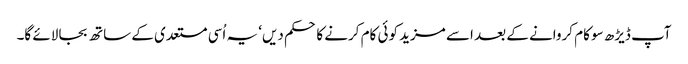
آپ ڈیڑھ سو کام کروانے کے بعد اسے مزید کوئی کام کرنے کا حکم دیں‘ یہ اُسی مستعدی کے ساتھ بجا لائے گا۔